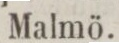
Malmö.